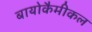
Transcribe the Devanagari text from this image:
बायोकैमीकल